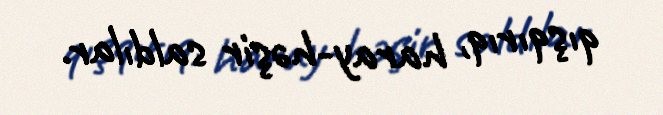
qışqırıq, haray-həşir saldılar.